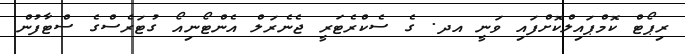
ރިޕޯޓް ކޮމްޕައިލްކޮށްފައި ވަނީ އދ. ގެ ސެކްރެޓަރީ ޖެނެރަލްް އެންޓޯނިއޯ ގުޓަރެސްގެ ސްޓާފުން